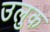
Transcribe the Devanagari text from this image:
उलुक